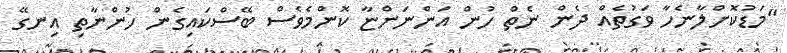
"މަޑުކޮށްލާނެހާ ވަގުތެއް ދެން ނެތް ހުން އަންނަންޏާ ކޮންމެވެސް ބޭސްކައިގެން ހުންނާތި އިނގޭ